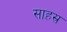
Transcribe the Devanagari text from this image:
साहस्र